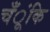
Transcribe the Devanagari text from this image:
चँूंकि